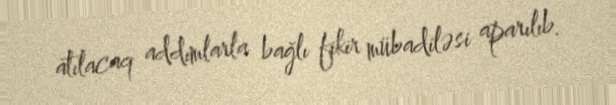
atılacaq addımlarla bağlı fikir mübadiləsi aparılıb.